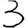
Digit: 3